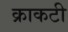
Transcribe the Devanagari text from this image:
क्राकटी